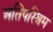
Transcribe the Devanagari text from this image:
अतिपरिश्रम